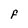
Character: F